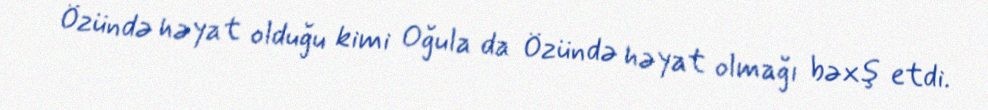
Özündə həyat olduğu kimi Oğula da Özündə həyat olmağı bəxş etdi.